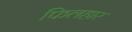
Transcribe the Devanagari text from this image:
फिलहार